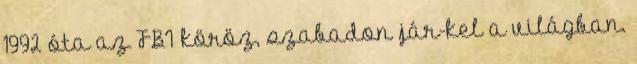
1992 óta az FBI köröz, szabadon jár-kel a világban.